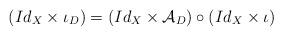
LaTeX: \begin{align*}(Id_{X}\times\iota_{D})=(Id_{X}\times\mathcal{A}_{D})\circ(Id_{X}\times\iota)\end{align*}